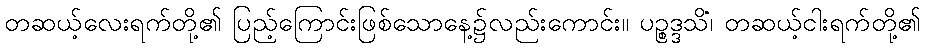
တဆယ့်လေးရက်တို့၏ ပြည့်ကြောင်းဖြစ်သောနေ့၌လည်းကောင်း။ ပဉ္စဒ္ဒသိံ၊ တဆယ့်ငါးရက်တို့၏